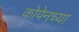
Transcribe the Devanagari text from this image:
कोपेनच्या